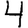
Digit: 4